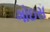
ગોઇસ